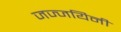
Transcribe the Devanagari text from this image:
जज्जयिनी